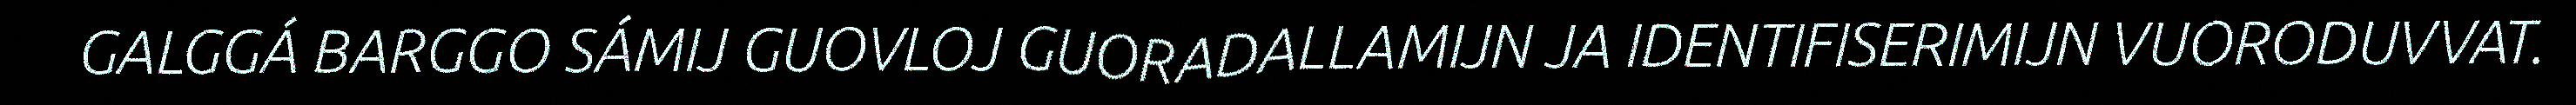
GALGGÁ BARGGO SÁMIJ GUOVLOJ GUORADALLAMIJN JA IDENTIFISERIMIJN VUORODUVVAT.